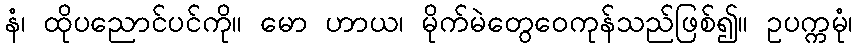
နံ၊ ထိုပညောင်ပင်ကို။ မော ဟာယ၊ မိုက်မဲတွေဝေကုန်သည်ဖြစ်၍။ ဥပက္ကမုံ၊